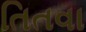
તિતવા